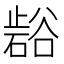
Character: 𭭲